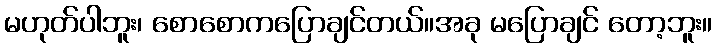
မဟုတ်ပါဘူး၊ စောစောကပြောချင်တယ်။အခု မပြောချင် တော့ဘူး။